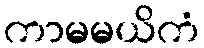
ကာမမယိကံ